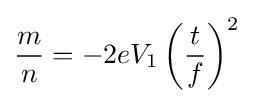
{\frac {m}{n}}=-2eV_{1}\left({\frac {t}{f}}\right)^{2}